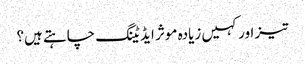
تیز اور کہیں زیادہ موثر ایڈیٹنگ چاہتے ہیں؟